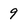
Character: 9